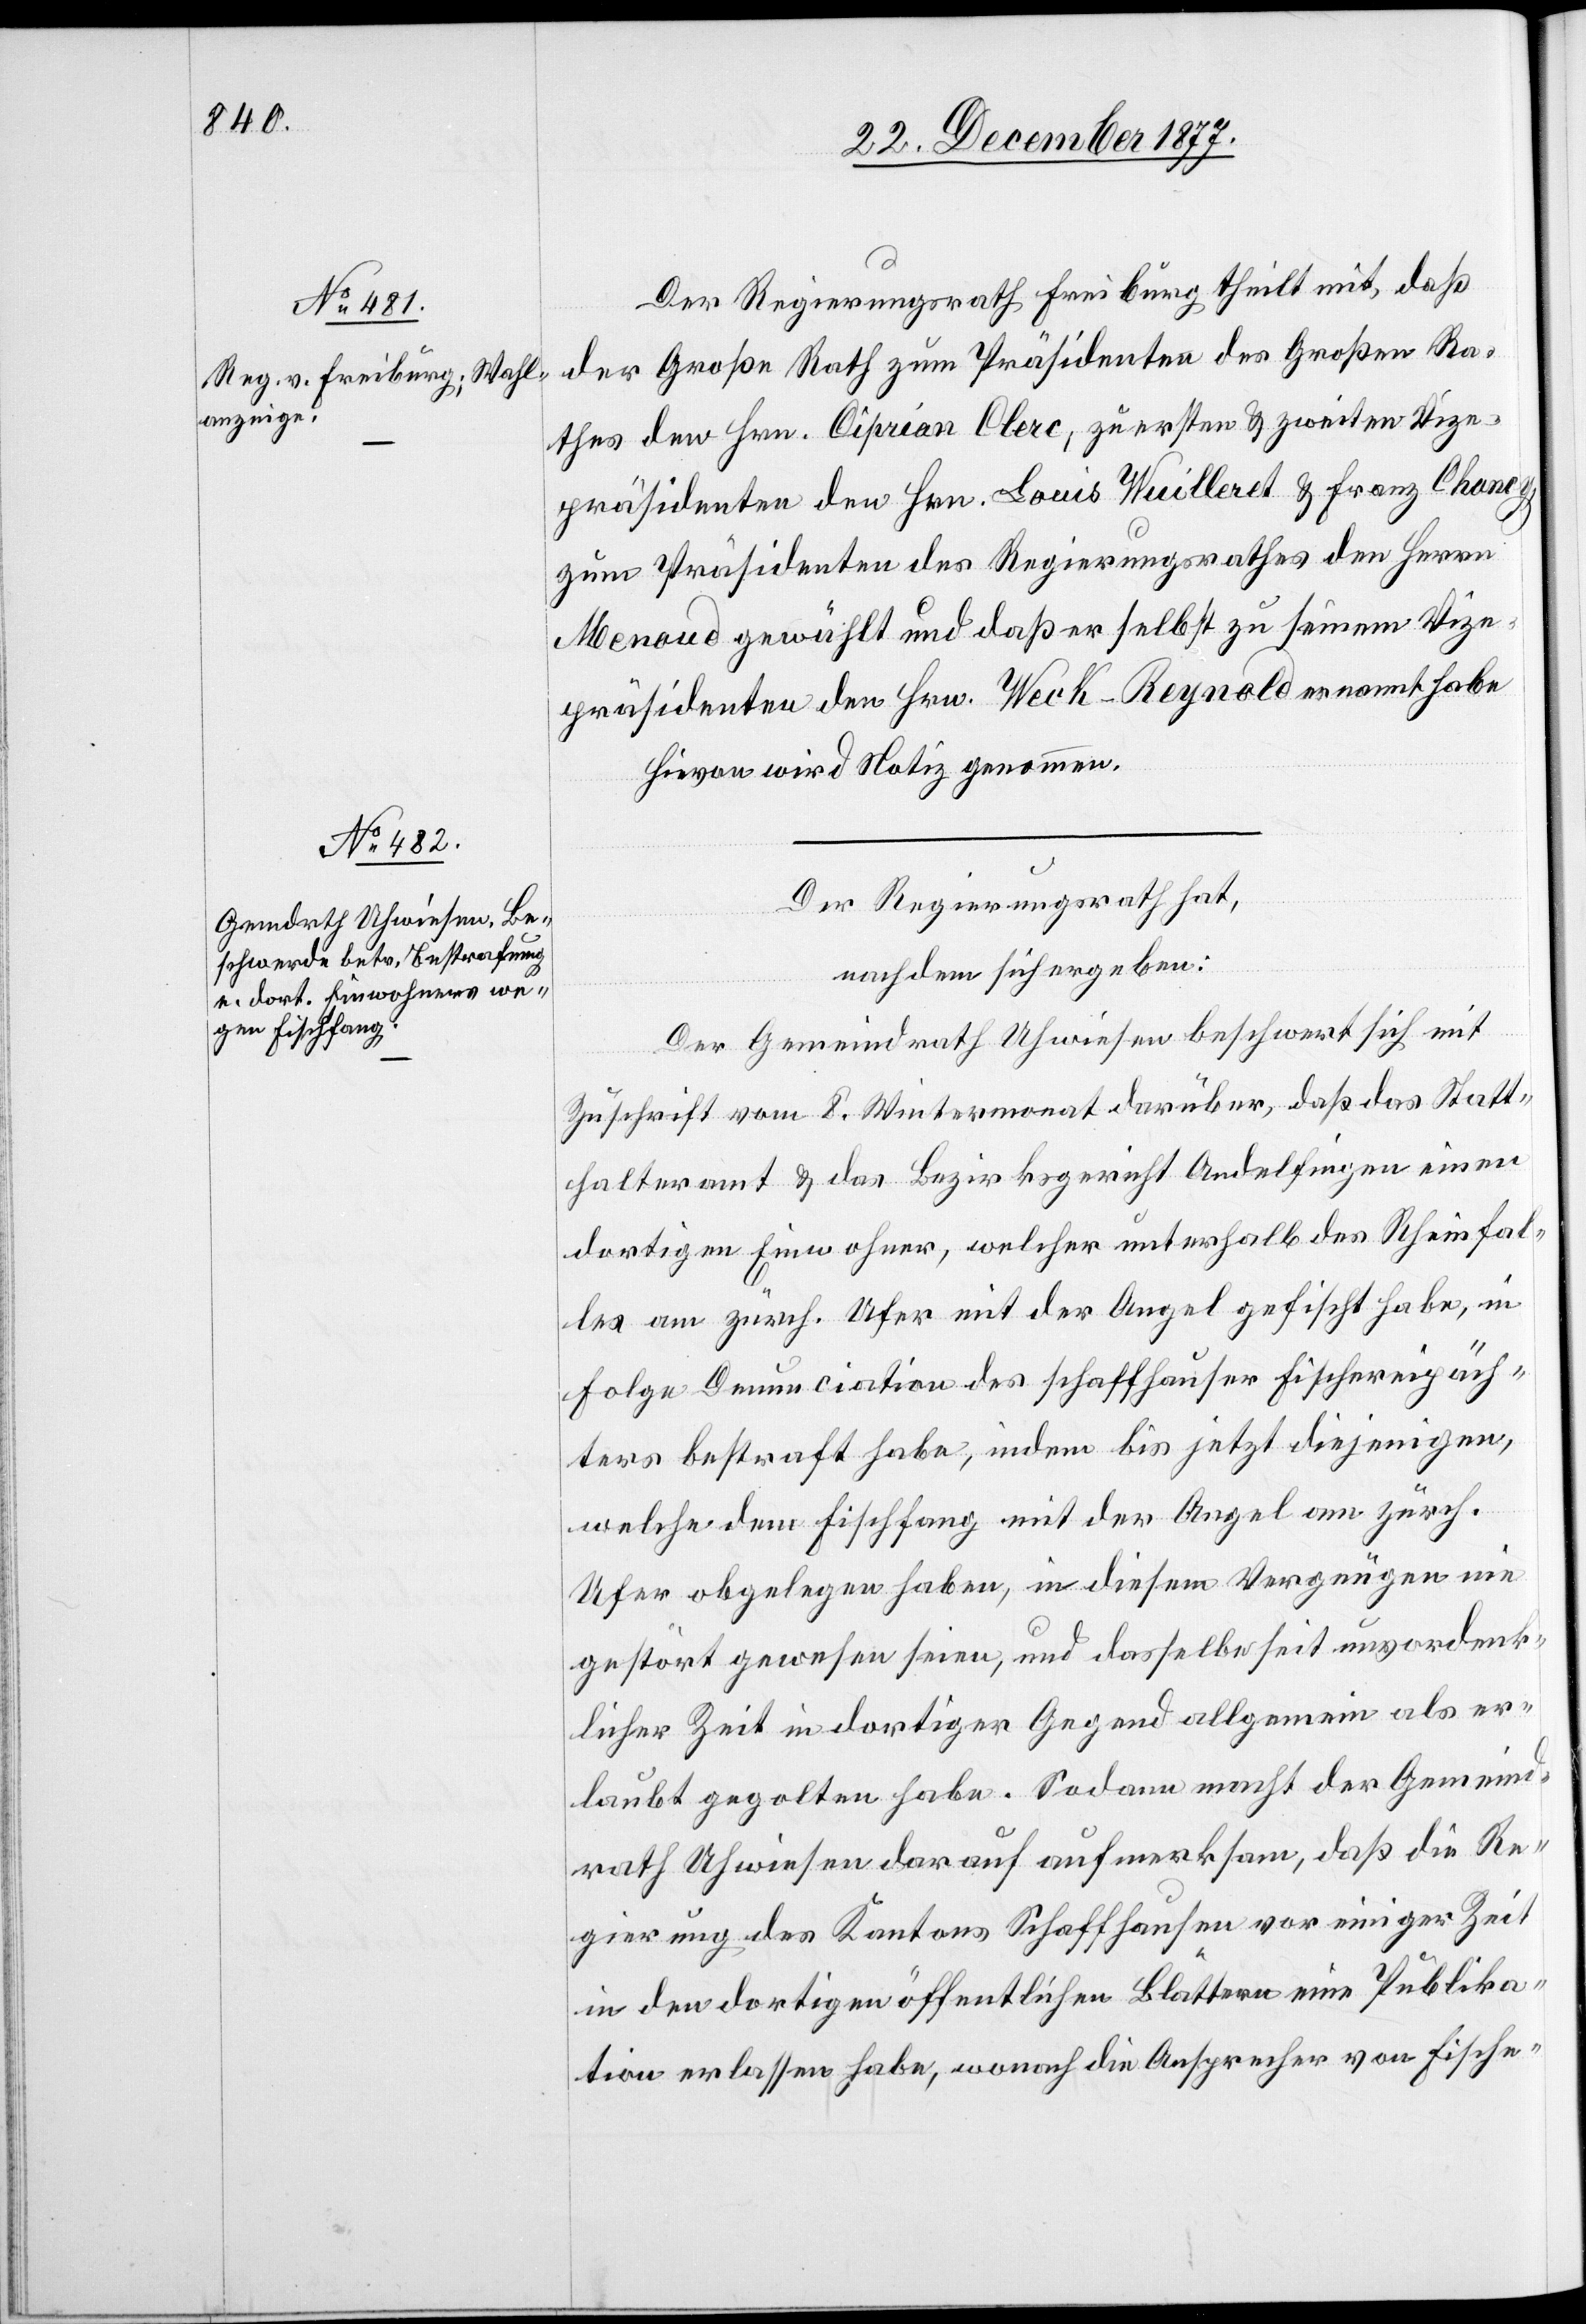
Der Regierungsrath Freiburg theilt mit, daß
der Große Rath zum Präsidenten des Großen Ra¬
thes den Hrn. Ciprian Clerc, zu ersten & zweiten Vize¬
präsidenten den Hrn. Louis Wuilleret & Franz Chaney,
zum Präsidenten des Regierungsrathes den Herrn
Menaud gewählt und daß er selbst zu seinem Vize¬
präsidenten den Hrn. Weck-Reynold ernannt habe
Hievon wird Notiz genommen.
Der Regierungsrath hat,
nachdem sich ergeben:
Der Gemeindrath Uhwiesen beschwert sich mit
Zuschrift vom 8. Wintermonat darüber, daß das Statt¬
halteramt & das Bezirksgericht Andelfingen einen
dortigen Einwohner, welcher unterhalb des Rheinfal¬
les am zürch. Ufer mit der Angel gefischt habe, in
Folge Denunciation des schaffhauser Fischereipäch¬
ters bestraft habe, indem bis jetzt diejenigen,
welche dem Fischfang mit der Angel am zürch.
Ufer obgelegen haben, in diesem Vergnügen nie
gestört gewesen seien, und dasselbe seit unvordenk¬
licher Zeit in dortiger Gegend allgemein als er¬
laubt gegolten habe. Sodann macht der Gemeind¬
rath Uhwiesen darauf aufmerksam, daß die Re¬
gierung des Kantons Schaffhausen vor einiger Zeit
in den dortigen öffentlichen Blättern eine Publika¬
tion erlassen habe, wonach die Ansprecher von Fische-